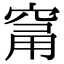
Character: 𥦁